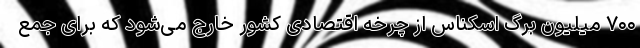
۷۰۰ میلیون برگ اسکناس از چرخه اقتصادی کشور خارج می‌شود که برای جمع